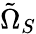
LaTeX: \tilde{\Omega}_{S}